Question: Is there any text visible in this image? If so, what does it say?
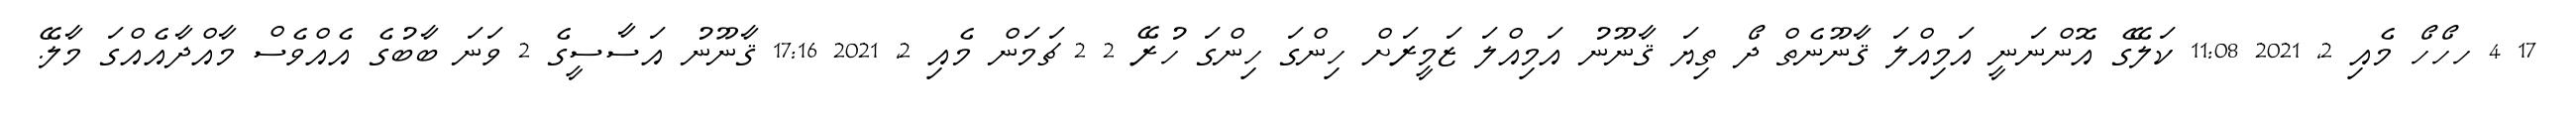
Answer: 17 4 ހހޯހޯ މެއި 2, 2021 11:08 ކަލޭގެ އޮންނަނީ އަމިއްލަ ޤާނޫނެތް ދޯ ތިޔަ ޤާނޫނު އަމިއްލަ ޒަމީރަށް ހިންގަ ހިންގަ ހުރޭ 2 2 ޗަމަން މެއި 2, 2021 17:16 ޤާނޫނު އަސާސީގެ 2 ވަނަ ބާބުގެ އެއްވެސް މާއްދާއެއްގަ މާލޭ.